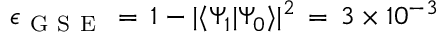
\epsilon _ { \mathrm { ~ G ~ S ~ E ~ } } \, = \, 1 - | \langle \Psi _ { 1 } | \Psi _ { 0 } \rangle | ^ { 2 } \, = \, 3 \times 1 0 ^ { - 3 }